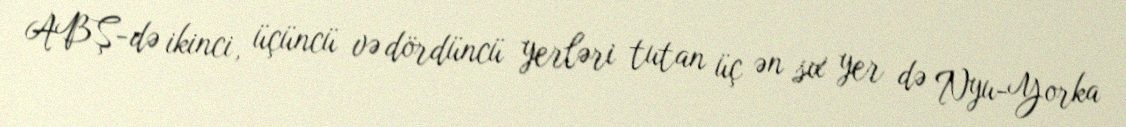
ABŞ-də ikinci, üçüncü və dördüncü yerləri tutan üç ən sıx yer də Nyu-Yorka